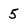
Character: 5